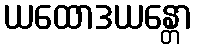
ယထောဒယန္တော